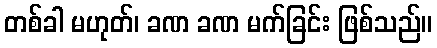
တစ်ခါ မဟုတ်၊ ခဏ ခဏ မက်ခြင်း ဖြစ်သည်။